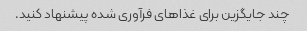
چند جایگزین برای غذاهای فرآوری شده پیشنهاد کنید.